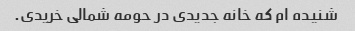
شنیده ام که خانه جدیدی در حومه شمالی خریدی.